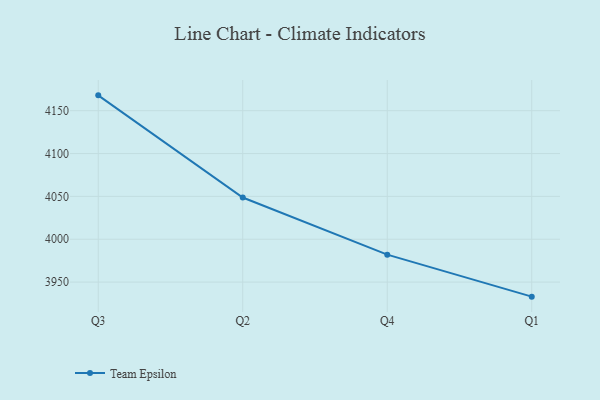
{"axis": {"x": "Quarter", "y": "Tickets Resolved"}, "legend": ["Team Epsilon"], "data": [{"x": "Q3", "y": 4167.9, "type": "Team Epsilon"}, {"x": "Q2", "y": 4048.7, "type": "Team Epsilon"}, {"x": "Q4", "y": 3982.0, "type": "Team Epsilon"}, {"x": "Q1", "y": 3933.0, "type": "Team Epsilon"}]}